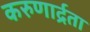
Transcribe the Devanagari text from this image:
करुणार्द्रता